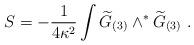
LaTeX: \begin{align*}S=-{1\over4\kappa^2}\int{\widetilde G}_{(3)} \wedge^*{\widetilde G}_{(3)}\ .\end{align*}